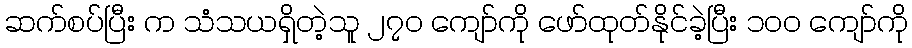
ဆက်စပ်ပြီး က သံသယရှိတဲ့သူ ၂၇၀ ကျော်ကို ဖော်ထုတ်နိုင်ခဲ့ပြီး ၁၀၀ ကျော်ကို